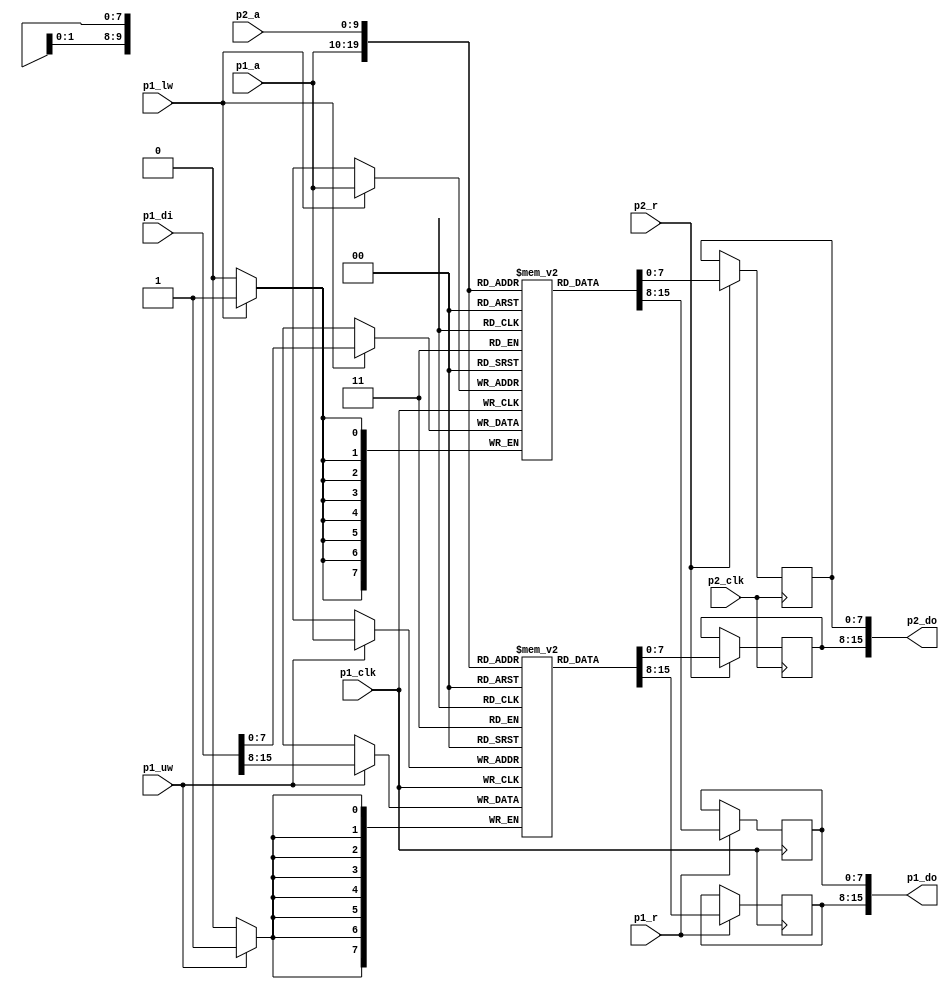

module ram_pfram(input 	       p1_clk,
		 input [9:0]   p1_a,
		 input [15:0]  p1_di,
		 input 	       p1_r,
		 input 	       p1_lw,
		 input 	       p1_uw,
		 input 	       p2_clk,
		 input [9:0]   p2_a,
		 input 	       p2_r,
		 output [15:0] p1_do,
		 output [15:0] p2_do
);

   reg [7:0] ramh[0:1023];
   reg [7:0] raml[0:1023];
   reg [7:0] d1h, d1l, d2h, d2l;
   
`ifdef debug
   integer    j;
   
   initial
     begin
	for (j = 0; j < 1024; j = j + 1)
	  begin
	     ramh[j] = 0;
	     raml[j] = 0;
	  end
     end
`endif

   // 16 bit read, individual 8 bit writes (uds, lds)
   always @(posedge p1_clk)
     if (p1_r)
       d1h <= ramh[p1_a];

   always @(posedge p1_clk)
     if (p1_r)
       d1l <= raml[p1_a];

   assign p1_do = { d1h, d1l };

   always @(posedge p1_clk)
     if (p1_uw)
       ramh[p1_a] <= p1_di[15:8];

   always @(posedge p1_clk)
     if (p1_lw)
       raml[p1_a] <= p1_di[7:0];

   // 16 bit read
   always @(posedge p2_clk)
     if (p2_r)
       d2h <= ramh[p2_a];

   always @(posedge p2_clk)
     if (p2_r)
       d2l <= raml[p2_a];

   assign p2_do = { d2h, d2l };
   
endmodule